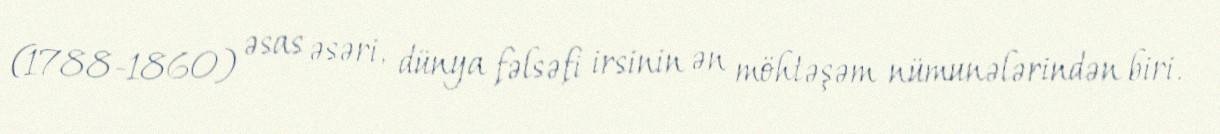
(1788-1860) əsas əsəri, dünya fəlsəfi irsinin ən möhtəşəm nümunələrindən biri.